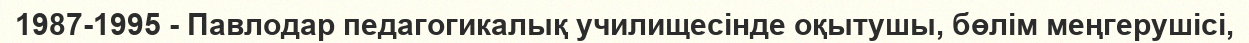
1987-1995 - Павлодар педагогикалық училищесінде оқытушы, бөлім меңгерушісі,